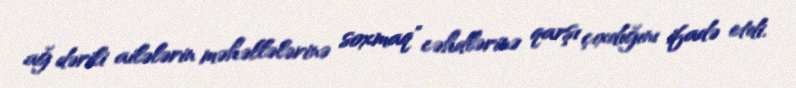
ağ dərili ailələrin məhəllələrinə soxmaq" cəhdlərinə qarşı çıxdığını ifadə etdi.